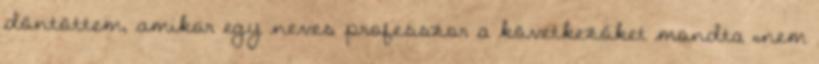
döntöttem, amikor egy neves professzor a következőket mondta „nem